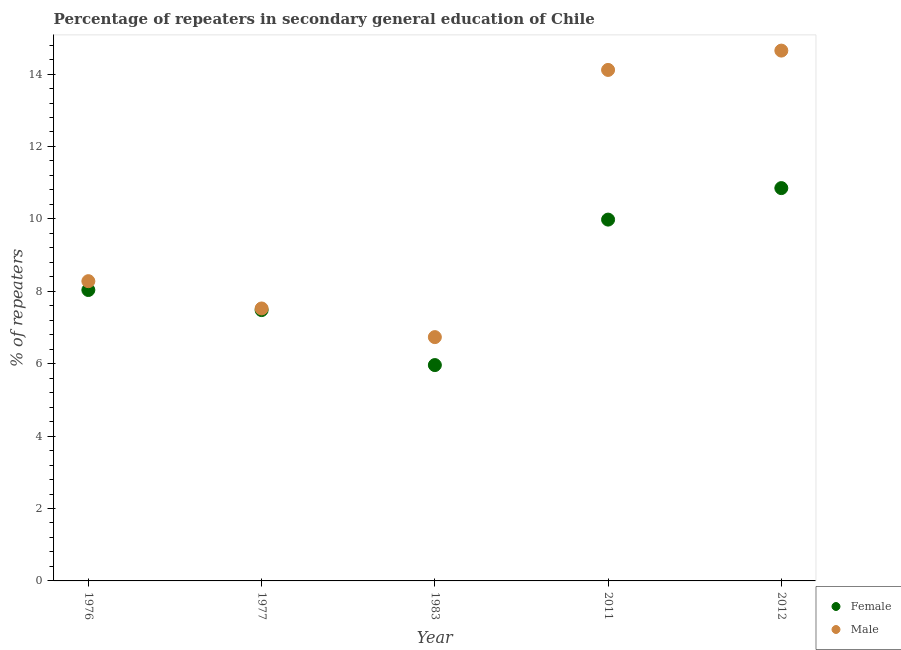
| Year | Female | Male |
 | --- | --- | --- |
 | 1976 | 8.04 | 8.28 |
 | 1977 | 7.48 | 7.53 |
 | 1983 | 5.96 | 6.73 |
 | 2011 | 9.98 | 14.1 |
 | 2012 | 10.9 | 14.6 |